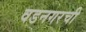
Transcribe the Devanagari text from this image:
वडनगरची